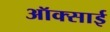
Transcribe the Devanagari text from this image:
ऑक्साई